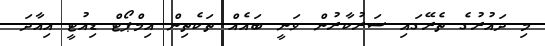
މި ދައުރުގެ ތެރޭގައި ސަރުކާރުން ވަނީ ބައެއް ތަކެތިން އިމްޕޯޓް ޑިއުޓީ އިއާދަ